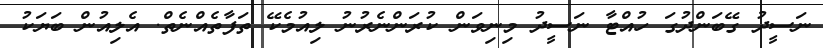
ނަސީދު ގޭބަންދުގަ ހުއްޓާ ނަސީދު މިނިވަން ކުރަންނެރުނު ލިއުމެކޭ ތަފާތެއްނެތް. އެލިއުން ބަޔަކު